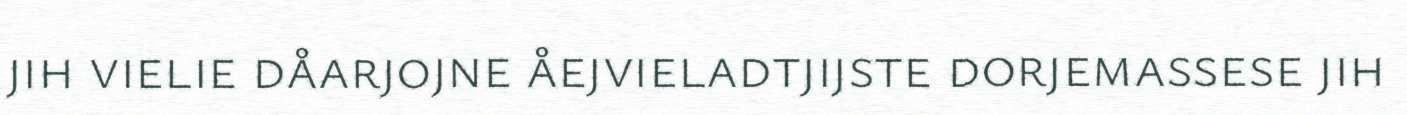
jih vielie dåarjojne åejvieladtjijste dorjemassese jih